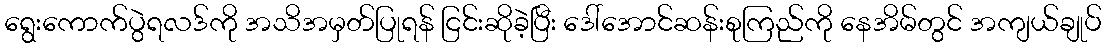
ရွေးကောက်ပွဲရလဒ်ကို အသိအမှတ်ပြုရန် ငြင်းဆိုခဲ့ပြီး ဒေါ်အောင်ဆန်းစုကြည်ကို နေအိမ်တွင် အကျယ်ချုပ်